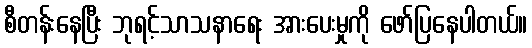
စီတန်းနေပြီး ဘုရင့်သာသနာရေး အားပေးမှုကို ဖော်ပြနေပါတယ်။